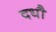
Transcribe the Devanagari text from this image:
दधौ